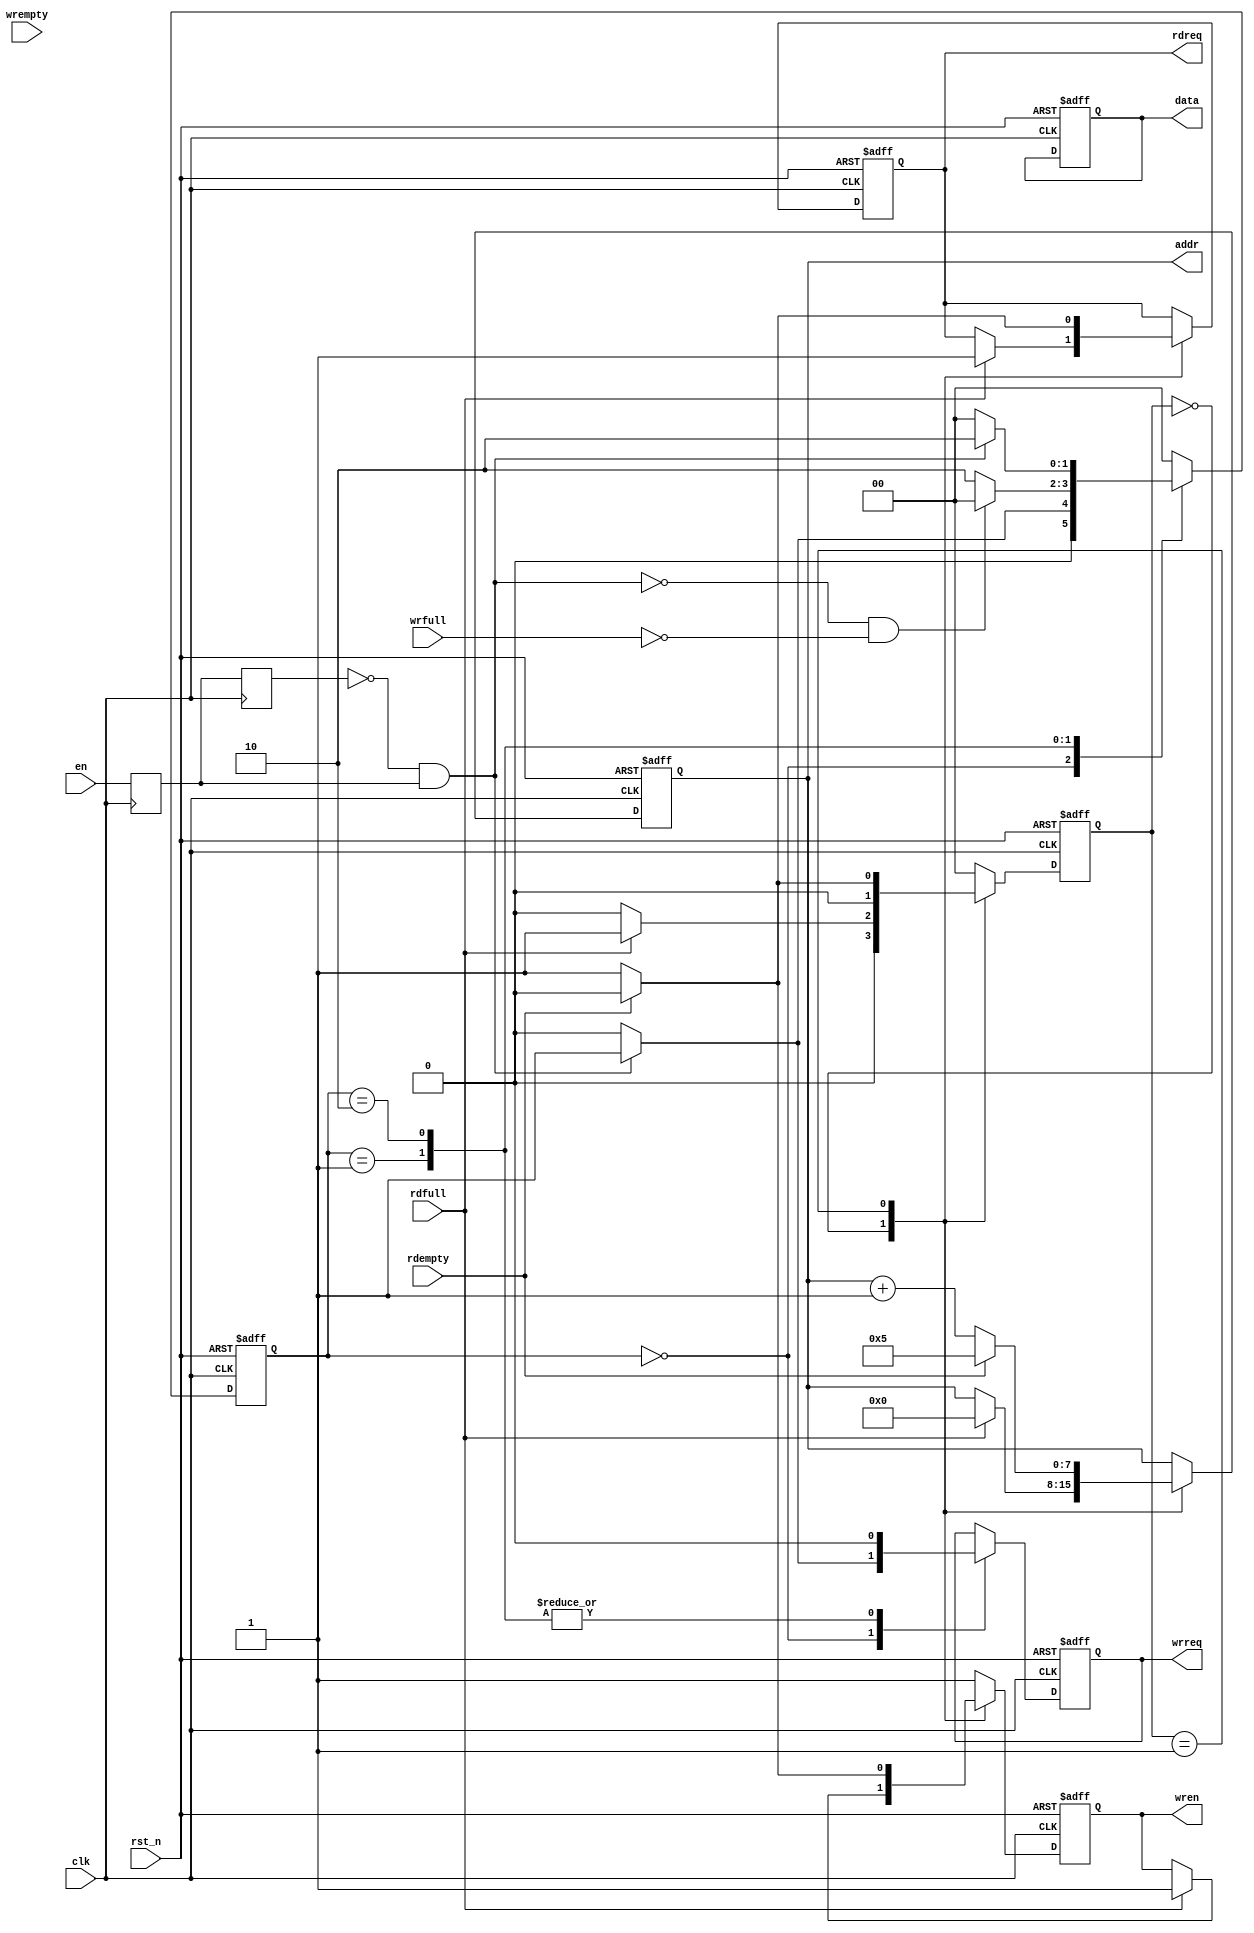
//fiforam
module contr_fifo_rec_ram(
				clk,
				rst_n,
				en,  //rec 
				rdfull,
				rdempty,
				rdreq,
				wrfull,
				wrempty,
				data,
				wrreq,
				addr,
				wren
				);
	input rst_n;
	input clk;
	
	input en;
	
	input rdfull;
	input rdempty;
	output reg rdreq;

	input wrfull;
	input wrempty;
	output reg wrreq;
	output reg [7:0] data;
	
	output reg [7:0] addr;     //ram
	output reg wren;           //==1
	
//	
parameter 	free=2'b00,
			write=2'b01,
			wat=2'b10,
			rfree=2'b00,
			wwrite=2'b01,
			wwtran=2'b10,
			wtran=2'b11,
			count1 = 999,
			countk = 999,
			countM = 499;   //500M T = 10s
	
//
reg state;
reg [1:0] state1;
reg [1:0] state2;
reg [1:0] state_ram;

reg [9:0] cnt1 = 0;
reg [9:0] cntk = 0;
reg [9:0] cntm = 0;
reg chaoshi_flag =0;

reg en_1,en_2;	
wire data_en;

always@(posedge clk)
begin
	en_1<=en;
	en_2<=en_1;
	end
assign data_en=(~en_2)&en_1;  //posedge

//
always@(posedge clk or negedge rst_n)   //
begin
	if(!rst_n)begin
		cnt1 <= 0;
		cntk <= 0;
		cntm <= 0;
		chaoshi_flag <=0;
	end
	else
	begin
		cnt1 <= cnt1 + 1'b1;
		if(cnt1 == count1)	
		begin 
			cntk <= cntk + 1'b1;
			cnt1 <= 0;
		end
		if(cntk == countk)	
		begin 
			cntm <= cntm + 1'b1;
			cntk <= 0;
		end
		if(cntm == countM)	
		begin 
			//cntk <= cntk + 1'b1;
			cntm <= 0;
			chaoshi_flag <= !chaoshi_flag;   //
		end
	end
end

always@(posedge clk or negedge rst_n)   //writeFSM fifo
begin
	if(!rst_n)begin
		state1=free;
		wrreq=1'b0;
		end
	else	
	case(state1)
			free:if(!data_en)begin
					state1=free;
					wrreq=1'b0;
					end
					else begin 
					state1=write;
					wrreq=1'b1;
					end
			write:if(!data_en&!wrfull)begin
					state1=free;
					wrreq=1'b0;
					end
					else begin
					state1=wat;
					wrreq=1'b0;
					end
			wat:if(!data_en)begin
					state1=free;
					wrreq=1'b0;
					end
					else begin
					state1=wat;
					wrreq=1'b0;
					end
		default: state1=free;
		endcase
end

always@(posedge clk or  negedge rst_n)  //readFSM from fifo
begin
	if(!rst_n)begin
			state2 <= rfree;
			//addr <= 0;
			data <= 0;
			rdreq <= 0;
		end
	else case(state2)
				rfree:	begin if(rdfull)begin //
							state2 <= wwrite;
							rdreq <= 1;
							//state_ram <= 1;      //ram
							//addr <= 0;         //RAM
								end
						else state2 <= rfree;
						end
				wwrite:	begin
							if(rdempty) //
							begin
								rdreq <= 0;
								state2 <= rfree;
								//state_ram <= 0;
								//addr <= 0;
							end
							else begin
							state2 <= wwrite;
							rdreq <= 1;
							//addr <= addr + 1;   //
							end
						end

				default:state2=rfree;
			endcase
end 

always@(posedge clk or  negedge rst_n)  //write to ram
begin
	if(!rst_n)begin
			wren <= 0;
			addr <= 0;
			//state_ram <= 0;   //RAM 00 01 fiforam 10 ramFIFO
		end
	
	else 
	// case(state_ram) 
		// 0:begin
			// end
		// 1:begin
				case(state2)
						rfree:	begin if(rdfull)begin //
									wren <= 1;         //
									addr <= 0;         //RAM
										end
								//else state2 <= rfree;
								end
						wwrite:	begin
									if(rdempty) //
									begin
										wren <= 0;
										//state2 <= rfree;
										addr <= 5;
									end
									else begin
									//state2 <= wwrite;
									wren <= 1;
									addr <= addr + 1;   //
									end
								end
		
						default: wren <= 1; 
				endcase
							
			// end
		// 2:begin
			// end
		// default: begin end
					
	// endcase
end 

endmodule